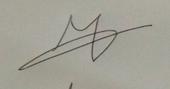
Signature authenticity: genuine